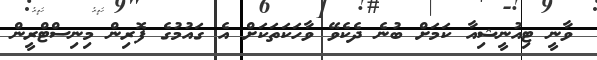
ވާނީ ޓިއުނީޝިއާ ކަމަށް ބުނެ ދެކެވޭ ވާހަކަތަކަށް އެ ގައުމުގެ ފޮރިން މިނިސްޓްރީން